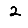
Digit: 2